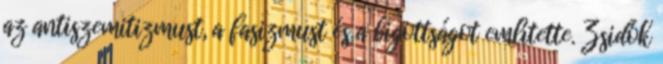
az antiszemitizmust, a fasizmust és a bigottságot említette. Zsidók